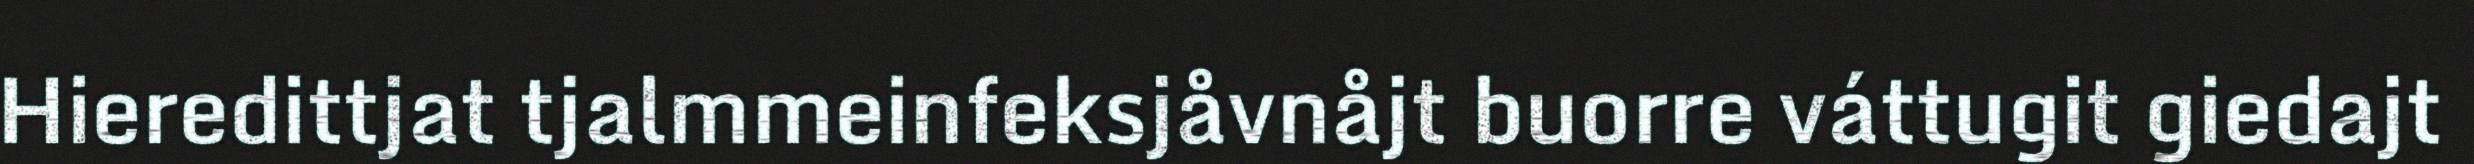
Hieredittjat tjalmmeinfeksjåvnåjt buorre váttugit giedajt